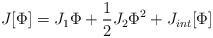
LaTeX: \begin{align*}J[\Phi ]=J_1\Phi +{\frac{1}{2}}J_2\Phi^2+J_{int}[\Phi ]\end{align*}